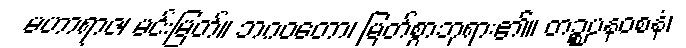
မဟာရာဇ၊ မင်းမြတ်။ ဘဂဝတော၊ မြတ်စွာဘုရား၏။ တဉ္စပနဝစနံ၊